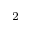
^ 2